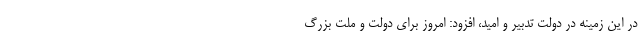
در این زمینه در دولت تدبیر و امید، افزود: امروز برای دولت و ملت بزرگ